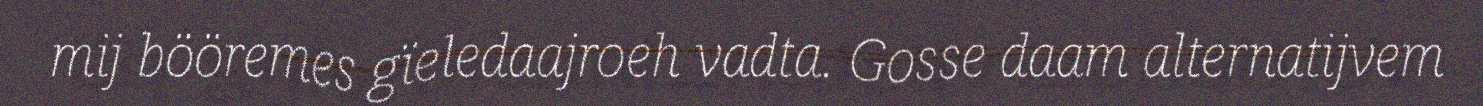
mij bööremes gïeledaajroeh vadta. Gosse daam alternatijvem